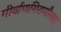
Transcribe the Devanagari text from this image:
गीर्वाणगिरागौरवम्